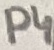
Text: P4